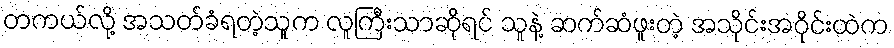
တကယ်လို့ အသတ်ခံရတဲ့သူက လူကြီးသာဆိုရင် သူနဲ့ ဆက်ဆံဖူးတဲ့ အသိုင်းအဝိုင်းထဲက